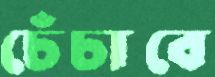
চেঁচাবে